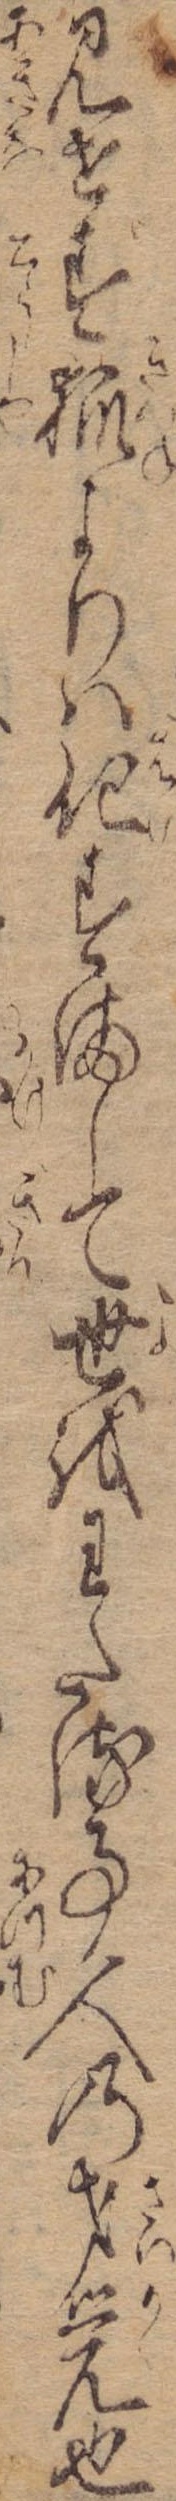
見せす狐よりは化すまして世をわたる事人の才覚也